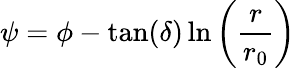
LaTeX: \psi=\phi-\tan(\delta)\ln\left(\frac{r}{r_{0}}\right)